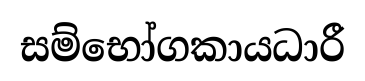
සම්භෝගකායධාරී